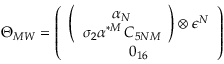
\Theta _ { M W } = \left( \begin{array} { c } { { \left( \begin{array} { c } { { \alpha _ { N } } } \\ { { \sigma _ { 2 } \alpha ^ { * M } \, C _ { 5 N M } } } \end{array} \right) \otimes \epsilon ^ { N } } } \\ { { 0 _ { 1 6 } } } \end{array} \right)